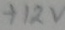
Text: +12V